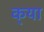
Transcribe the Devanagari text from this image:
क्‌या